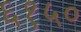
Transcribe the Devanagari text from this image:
६१५०